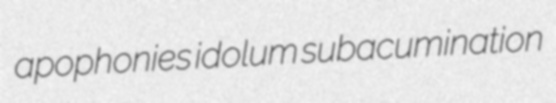
apophonies idolum subacumination